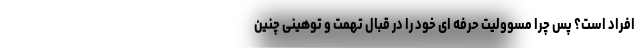
افراد است؟ پس چرا مسوولیت حرفه ای خود را در قبال تهمت و توهینی چنین